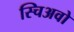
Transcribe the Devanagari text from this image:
स्चिअवो